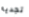
تجديه